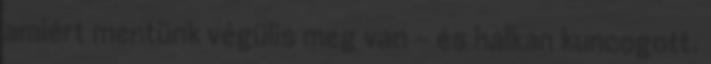
amiért mentünk végülis meg van - és halkan kuncogott.